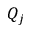
Q _ { j }